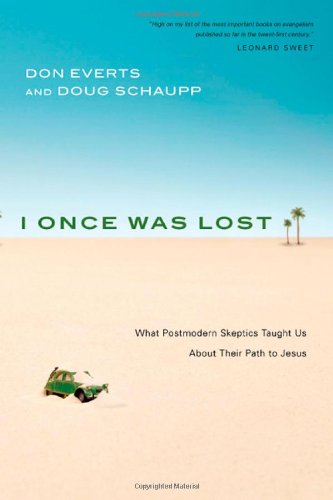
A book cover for I Once Was Lost: What Postmodern Skeptics Taught Us About Their Path to Jesus; Don Everts; Christian Books & Bibles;